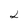
Character: 2